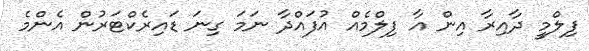
ފިލްމީ ދާއިރާ އިން އާ ފިލްމެއް އުފައްދާ ނަމަ ގިނަ ޑައިރެކްޓަރުން އެންމެ